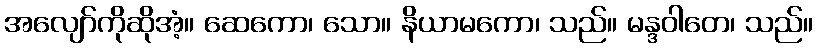
အလျော်ကိုဆိုအံ့။ ဆေကော၊ သော။ နိယာမကော၊ သည်။ မန္ဒဝါတေ၊ သည်။